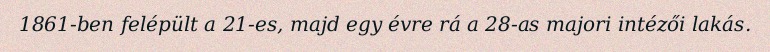
1861-ben felépült a 21-es, majd egy évre rá a 28-as majori intézői lakás.